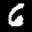
Digit: 6